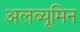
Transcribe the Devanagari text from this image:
अलब्यूमिन